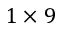
1 \times 9